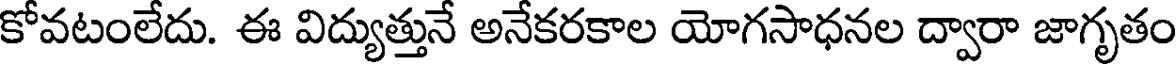
కోవటంలేదు. ఈ విద్యుత్తునే అనేకరకాల యోగసాధనల ద్వారా జాగృతం